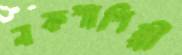
নকশাশিল্পী